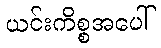
ယင်းကိစ္စအပေါ်